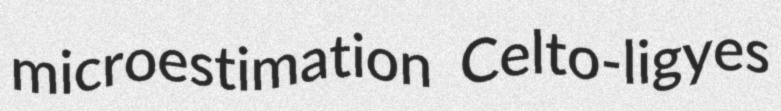
microestimation Celto-ligyes